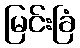
မြင်းခြံ